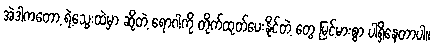
အဲဒါကတော့ ရဲ့သွေးထဲမှာ ဆိုတဲ့ ရောဂါကို တိုက်ထုတ်ပေးနိုင်တဲ့ တွေ မြင့်မားစွာ ပါရှိနေတာပါ။